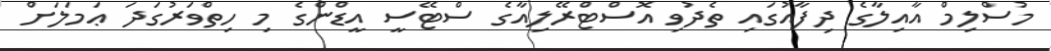
މުސްލިމް އާއިލާގެ ދިފާއުގައި ތެދުވި އޮސްޓްރޭލިއާގެ ސްޓޭސީ އީޑްންގެ މި ހިތްވަރުގަދަ ޢަމަލަށް